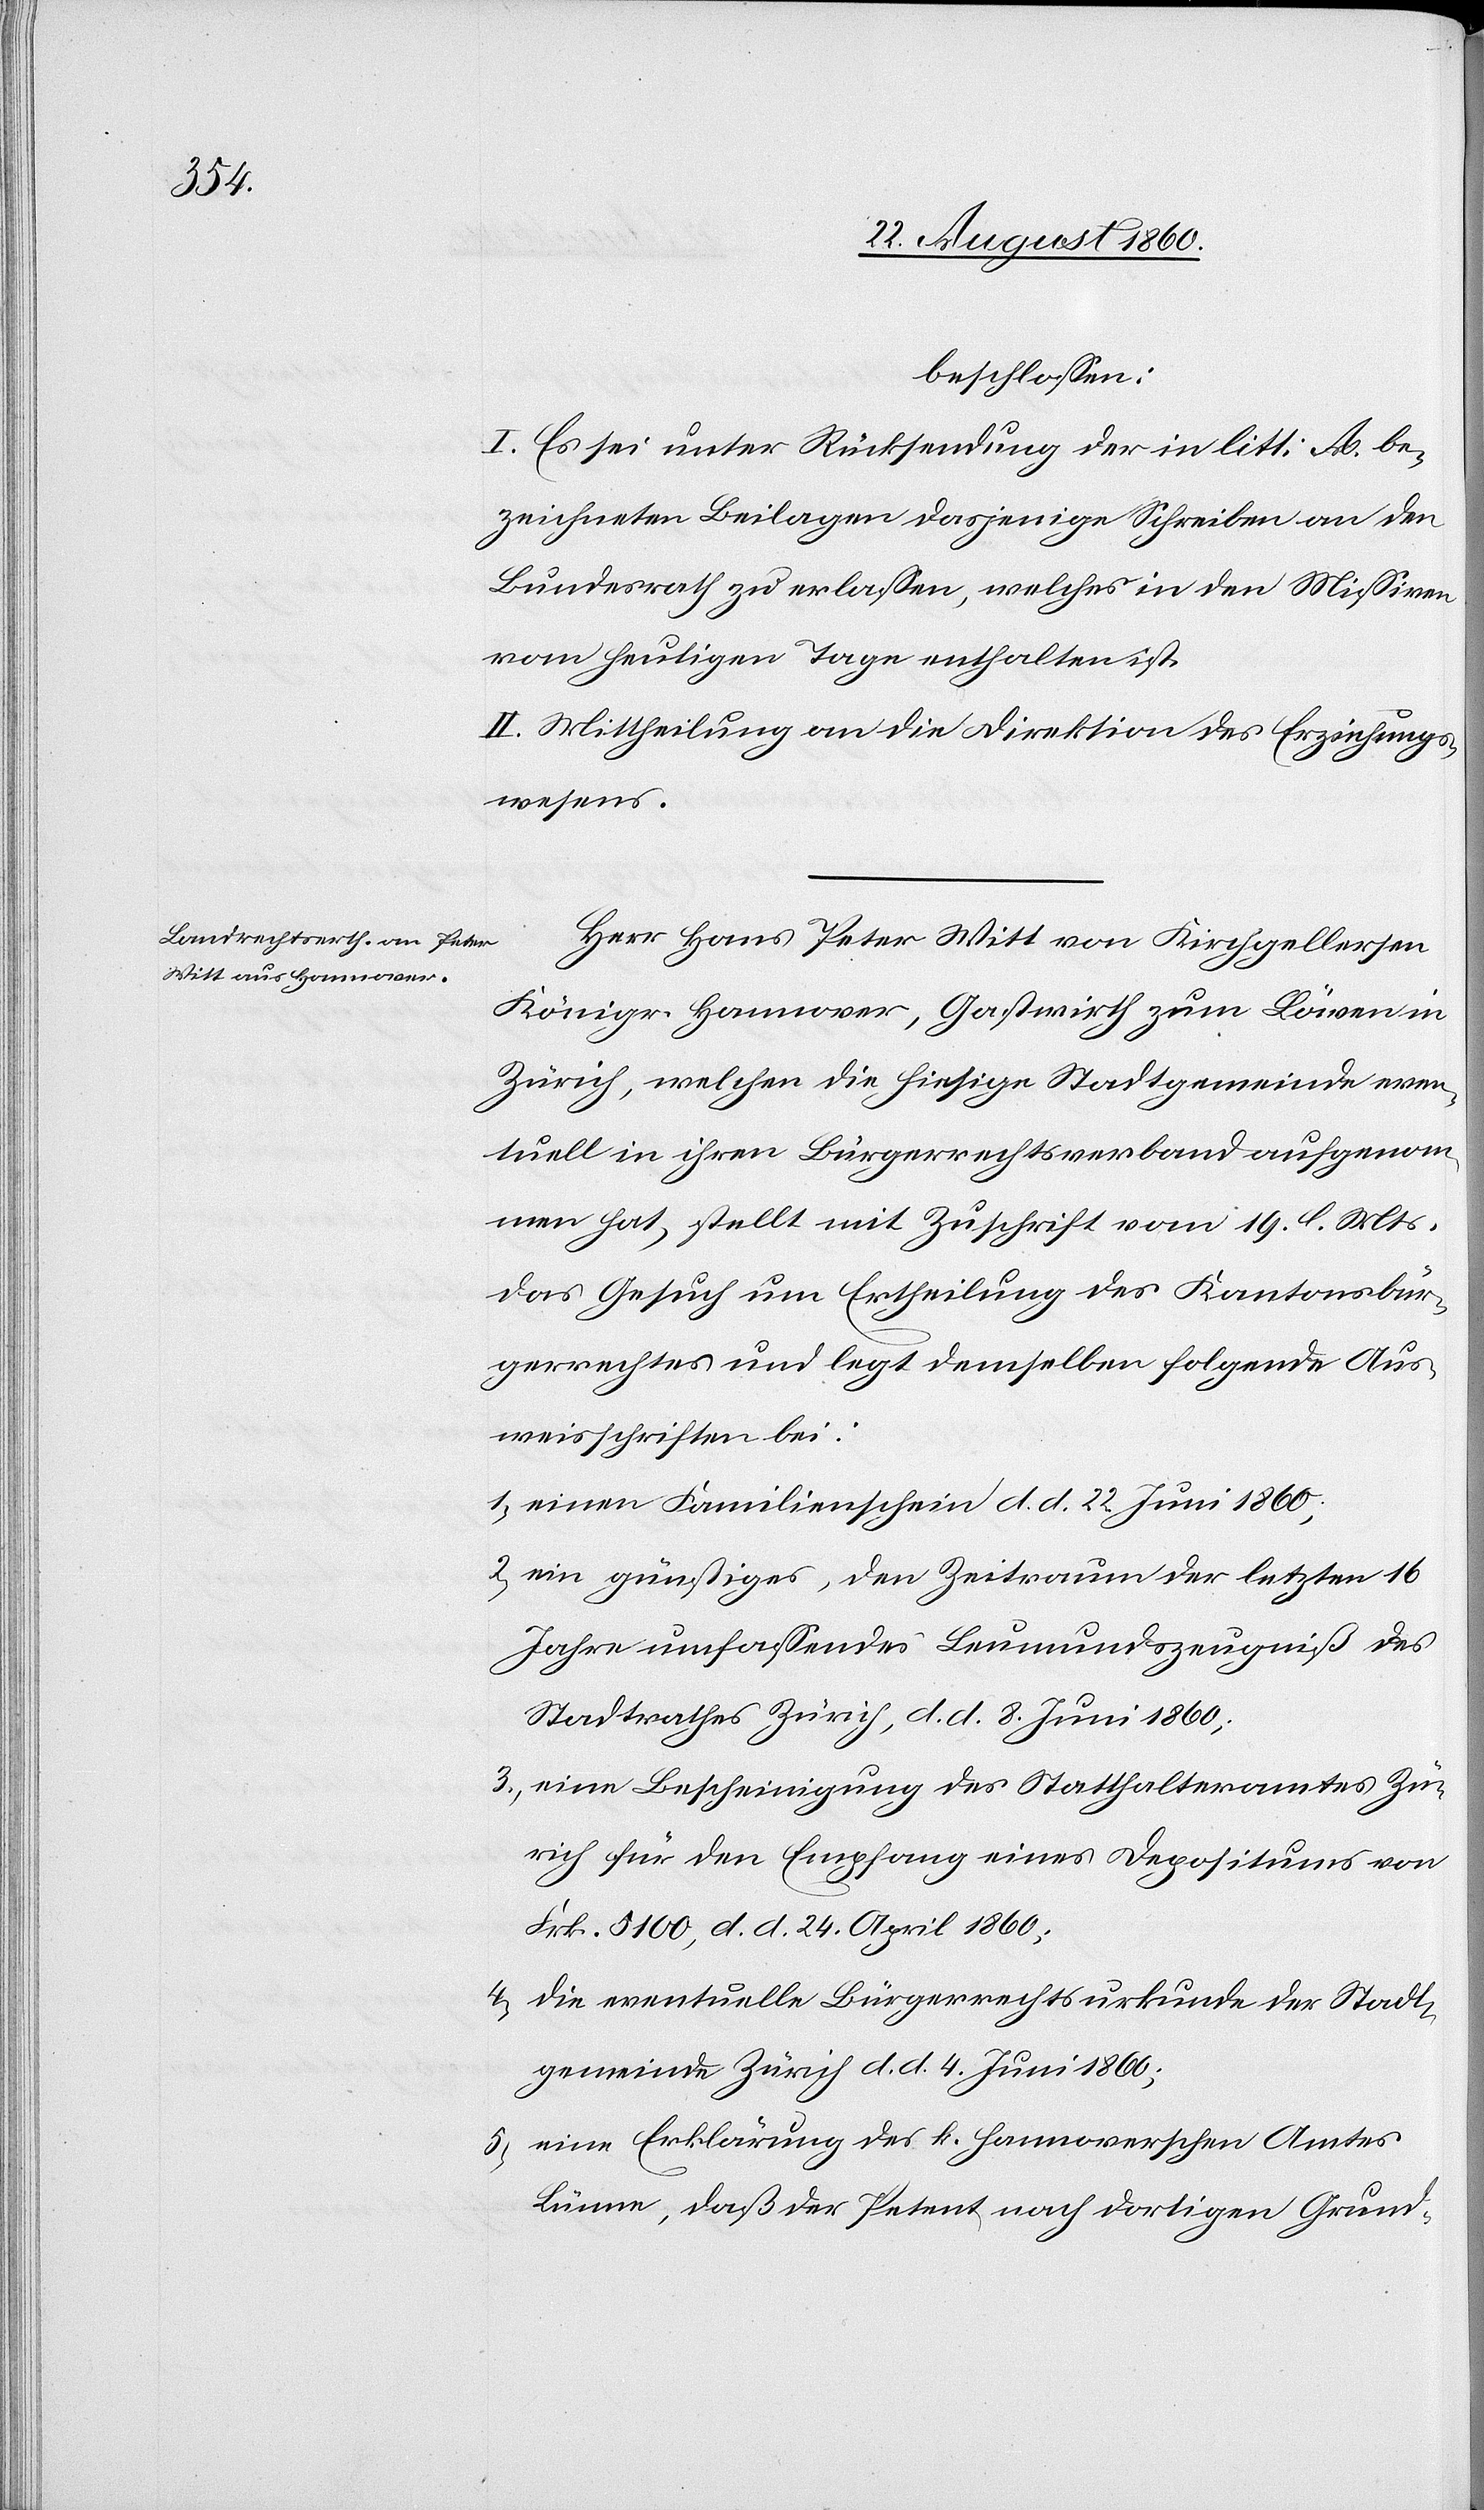
beschlossen:
I. Es sei unter Rücksendung der in litt. A be¬
zeichneten Beilagen dasjenige Schreiben an den
Bundesrath zu erlassen, welches in den Missiven
vom heutigen Tage enthalten ist.
II. Mittheilung an die Direktion des Erziehungs¬
wesens.
Herr Hans Peter Witt von Kirchgellersen,
Königreich Hannover, Gastwirth zum Bären in
Zürich, welchen die hiesige Stadtgemeinde even¬
tuell in ihren Bürgerrechtsverband aufgenom¬
men hat, stellt mit Zuschrift vom 19. l. Mts.
das Gesuch um Ertheilung des Kantonsbür¬
gerrechtes und legt demselben folgende Aus¬
weisschriften bei:
1. einen Familienschein, d. d. 22. Juni 1860;
2. ein günstiges den Zeitraum der letzten 16.
Jahre umfassendes Lemundszeugniss des
Stadtrathes Zürich, d. d. 8. Juni 1860;
3. eine Bescheinigung des Statthalteramtes Zü¬
rich für den Empfang eines Depositums von
fcs. 5100, d. d. 24. April 1860;
4. die eventuelle Bürgerrechtsurkunde der Stadt¬
gemeinde Zürich, d. d. 4. Juni 1860;
5. Eine Erklärung des k. hannoverschen Amtes
Lünne, dass der Petent nach dortigen Grund-